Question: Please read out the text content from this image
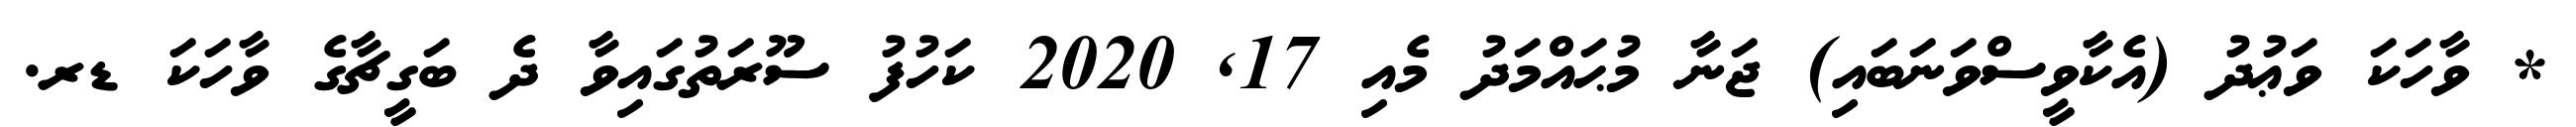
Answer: * ވާހަކަ ވަޢުދު (އެކާވީސްވަނަބައި) ޖަނާ މުޙައްމަދު މެއި 17, 2020 ކަހުފު ސޫރަތުގައިވާ ދެ ބަގީޗާގެ ވާހަކަ ޑރ.